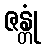
ဇန္တုံ